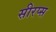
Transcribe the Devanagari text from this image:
सीरप्स